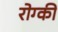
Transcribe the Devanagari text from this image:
रोग्की